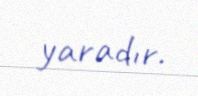
yaradır.